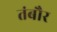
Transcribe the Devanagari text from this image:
तंबौर